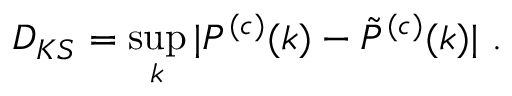
D _ { K S } = \operatorname* { s u p } _ { k } | P ^ { ( c ) } ( k ) - \Tilde { P } ^ { ( c ) } ( k ) | \ .